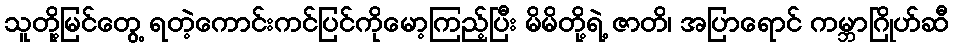
သူတို့မြင်တွေ့ ရတဲ့ကောင်းကင်ပြင်ကိုမော့ကြည့်ပြီး မိမိတို့ရဲ့ ဇာတိ၊ အပြာရောင် ကမ္ဘာဂြိုဟ်ဆီ